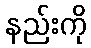
နည်းကို